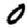
Digit: 0